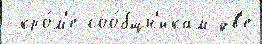
 кро́м'е соо́бщн'икам дв'е